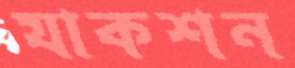
যাকশন